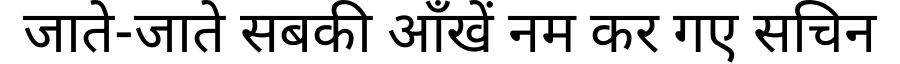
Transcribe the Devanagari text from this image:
जाते-जाते सबकी आँखें नम कर गए सचिन